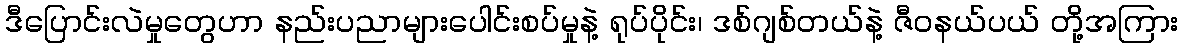
ဒီပြောင်းလဲမှုတွေဟာ နည်းပညာများပေါင်းစပ်မှုနဲ့ ရုပ်ပိုင်း၊ ဒစ်ဂျစ်တယ်နဲ့ ဇီဝနယ်ပယ် တို့အကြား